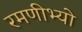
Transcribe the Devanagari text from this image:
रमणीभ्यो